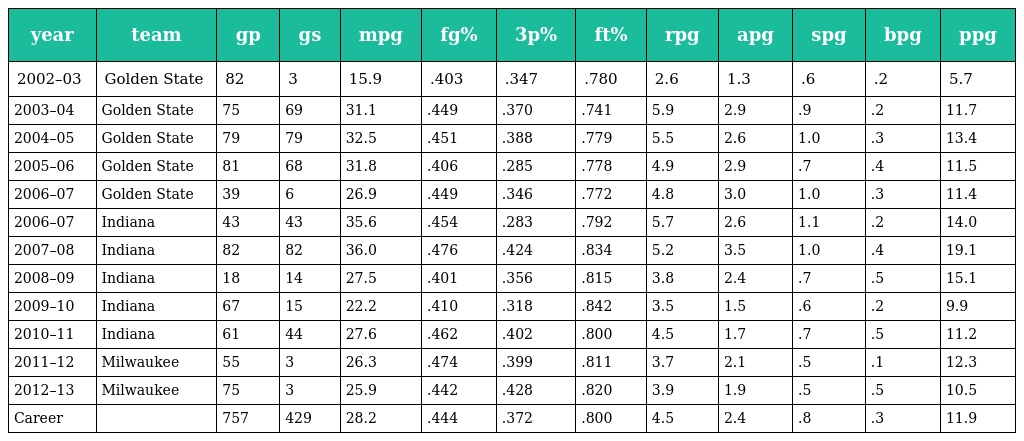
| year | team | gp | gs | mpg | fg% | 3p% | ft% | rpg | apg | spg | bpg | ppg |
 | --- | --- | --- | --- | --- | --- | --- | --- | --- | --- | --- | --- | --- |
 | 2002–03 | Golden State | 82 | 3 | 15.9 | .403 | .347 | .780 | 2.6 | 1.3 | .6 | .2 | 5.7 |
 | 2003–04 | Golden State | 75 | 69 | 31.1 | .449 | .370 | .741 | 5.9 | 2.9 | .9 | .2 | 11.7 |
 | 2004–05 | Golden State | 79 | 79 | 32.5 | .451 | .388 | .779 | 5.5 | 2.6 | 1.0 | .3 | 13.4 |
 | 2005–06 | Golden State | 81 | 68 | 31.8 | .406 | .285 | .778 | 4.9 | 2.9 | .7 | .4 | 11.5 |
 | 2006–07 | Golden State | 39 | 6 | 26.9 | .449 | .346 | .772 | 4.8 | 3.0 | 1.0 | .3 | 11.4 |
 | 2006–07 | Indiana | 43 | 43 | 35.6 | .454 | .283 | .792 | 5.7 | 2.6 | 1.1 | .2 | 14.0 |
 | 2007–08 | Indiana | 82 | 82 | 36.0 | .476 | .424 | .834 | 5.2 | 3.5 | 1.0 | .4 | 19.1 |
 | 2008–09 | Indiana | 18 | 14 | 27.5 | .401 | .356 | .815 | 3.8 | 2.4 | .7 | .5 | 15.1 |
 | 2009–10 | Indiana | 67 | 15 | 22.2 | .410 | .318 | .842 | 3.5 | 1.5 | .6 | .2 | 9.9 |
 | 2010–11 | Indiana | 61 | 44 | 27.6 | .462 | .402 | .800 | 4.5 | 1.7 | .7 | .5 | 11.2 |
 | 2011–12 | Milwaukee | 55 | 3 | 26.3 | .474 | .399 | .811 | 3.7 | 2.1 | .5 | .1 | 12.3 |
 | 2012–13 | Milwaukee | 75 | 3 | 25.9 | .442 | .428 | .820 | 3.9 | 1.9 | .5 | .5 | 10.5 |
 | Career |  | 757 | 429 | 28.2 | .444 | .372 | .800 | 4.5 | 2.4 | .8 | .3 | 11.9 |